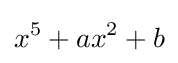
x^{5}+ax^{2}+b